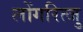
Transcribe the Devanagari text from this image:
लोंगरित्जु